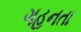
ગહનતા